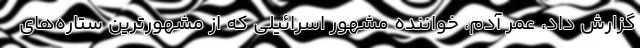
گزارش داد، عمر آدم، خواننده مشهور اسرائیلی که از مشهورترین ستاره‌های